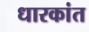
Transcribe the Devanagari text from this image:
धारकांत